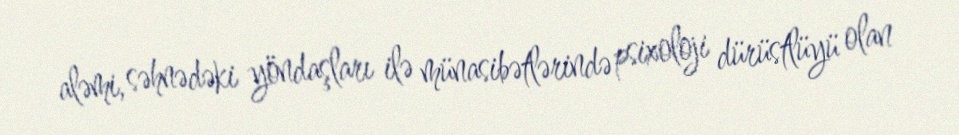
aləmi, səhnədəki yöndaşları ilə münasibətlərində psixoloji dürüstlüyü olan